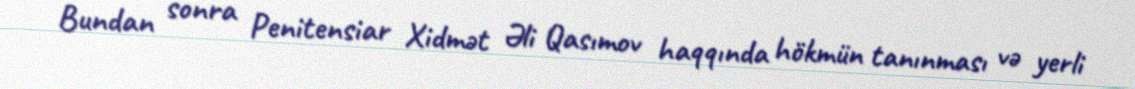
Bundan sonra Penitensiar Xidmət Əli Qasımov haqqında hökmün tanınması və yerli